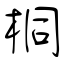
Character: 桐